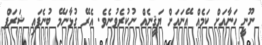
ނޫނީ ހަނާއަށް ކަމެއް އޭނައަށް ޔަޤީނެއް ނުކުރެވުނެވެ. އެރޭ ގުޅާނަމޭ ބުނެފައި ޝަރަފް